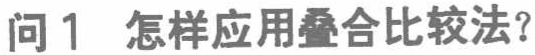
问1 怎样应用叠合比较法？